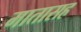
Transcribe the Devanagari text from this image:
मातासह